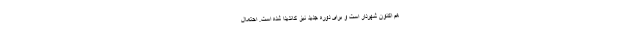
هم اکنون شهردار است و برای دوره جدید نیز کاندیدا شده است. احتمال